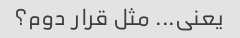
یعنی... مثل قرار دوم؟